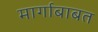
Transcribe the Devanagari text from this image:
मार्गाबाबत